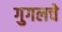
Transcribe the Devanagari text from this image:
गुगलचे